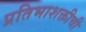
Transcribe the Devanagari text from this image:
प्रतिभाशक्तीची